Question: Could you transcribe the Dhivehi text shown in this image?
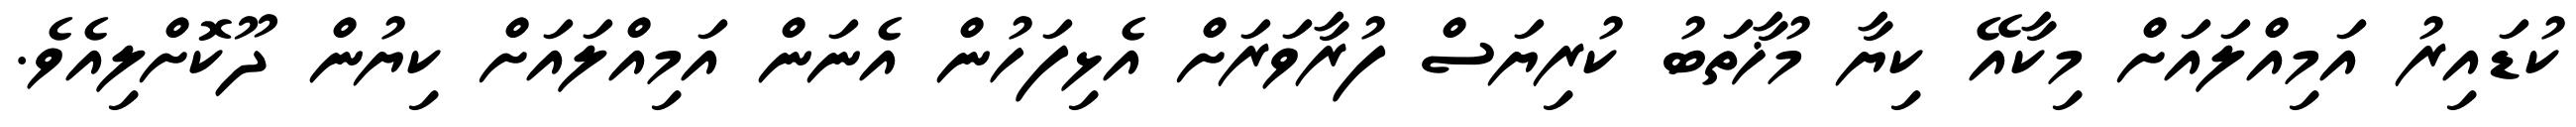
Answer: ކުޑައިރު އަމިއްލައަށް މިކާއޭ ކިޔާ މުޚާތަބު ކުރިޔަސް ފުރާވަރަށް އެޅިފަހުން އެނަން އަމިއްލައަށް ކިޔުން ދޫކޮށްލިއެވެ.